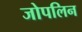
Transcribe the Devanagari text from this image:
जोपलिन